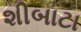
શીબાટા